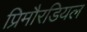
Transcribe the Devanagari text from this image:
प्रिमौरडियल